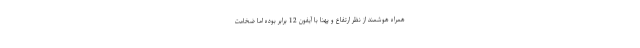
همراه هوشمند از نظر ارتفاع و پهنا با آیفون 12 برابر بوده اما ضخامت